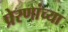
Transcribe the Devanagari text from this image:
प्रेरणांच्या